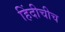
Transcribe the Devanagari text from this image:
हिंदीचीच